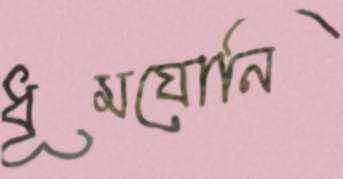
ধূমযোনি